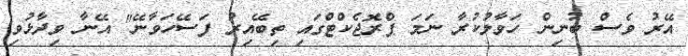
އޭރު ވެސް ބުނިން ހަވާލުކުރާ ނަމަ ޕްރޮޖެކްޓްގައި ތިބޭއިރު ފަސޭހަވާނޭ" އޭނާ ވިދާޅުވި